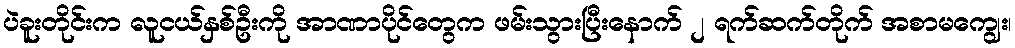
ပဲခူးတိုင်းက လူငယ်နှစ်ဦးကို အာဏာပိုင်တွေက ဖမ်းသွားပြီးနောက် ၂ ရက်ဆက်တိုက် အစာမကျွေး၊